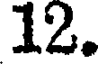
12.